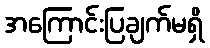
အကြောင်းပြချက်မရှိ